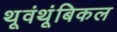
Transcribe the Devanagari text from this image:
थूवंथूंबिकल